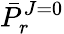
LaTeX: {\bar{P}}_{r}^{J=0}